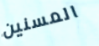
المسنين